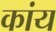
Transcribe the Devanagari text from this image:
कांय